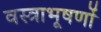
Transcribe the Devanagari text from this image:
वस्‍त्राभूषणों